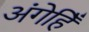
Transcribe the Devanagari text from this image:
अंगेहिँ